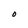
Character: O